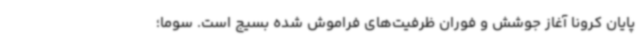
پایان کرونا آغاز جوشش و فوران ظرفیت‌های فراموش شده بسیج است. سوما؛